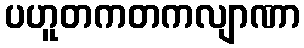
ပဟူတကတကလျာဏာ